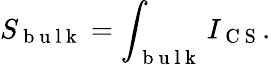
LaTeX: S_{\mathrm{~b~u~l~k~}}=\int_{\mathrm{~b~u~l~k~}}I_{\mathrm{~C~S~}}.